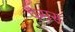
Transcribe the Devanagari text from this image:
फैमस